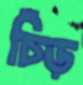
চিঁড়